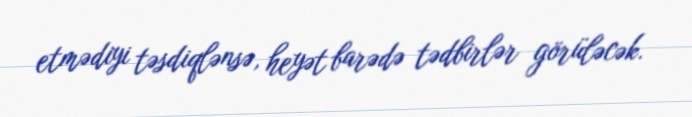
etmədiyi təsdiqlənsə, heyət barədə tədbirlər görüləcək.